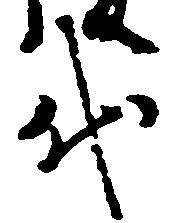
代